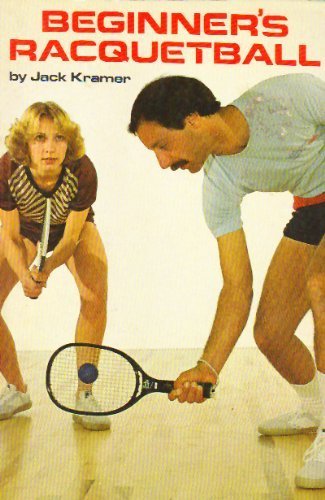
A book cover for Beginner's Racquetball 3rd edition by Kramer, Jack published by Anderson World Paperback; Sports & Outdoors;